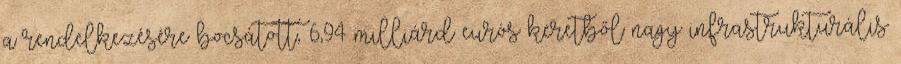
a rendelkezésére bocsátott, 6,94 milliárd eurós keretből nagy infrastrukturális